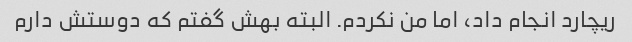
ریچارد انجام داد، اما من نکردم. البته بهش گفتم که دوستش دارم